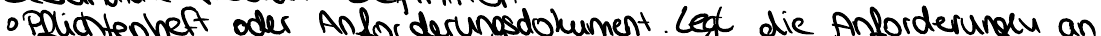
Pflichtenheft oder Anforderungsdokument legt die Anforderungen an